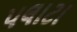
પલાટા